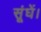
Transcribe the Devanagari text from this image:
सूंघें।